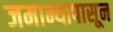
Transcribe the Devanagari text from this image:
जमान्यापासून